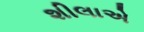
શીલાએ